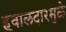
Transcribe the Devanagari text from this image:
हवालदारमुळे